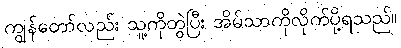
ကျွန်တော်လည်း သူ့ကိုတွဲပြီး အိမ်သာကိုလိုက်ပို့ရသည်။